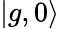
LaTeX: \vert g,0\rangle